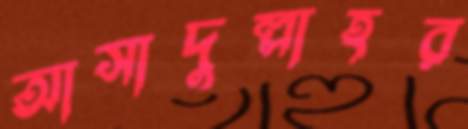
আসাদুল্লাহর